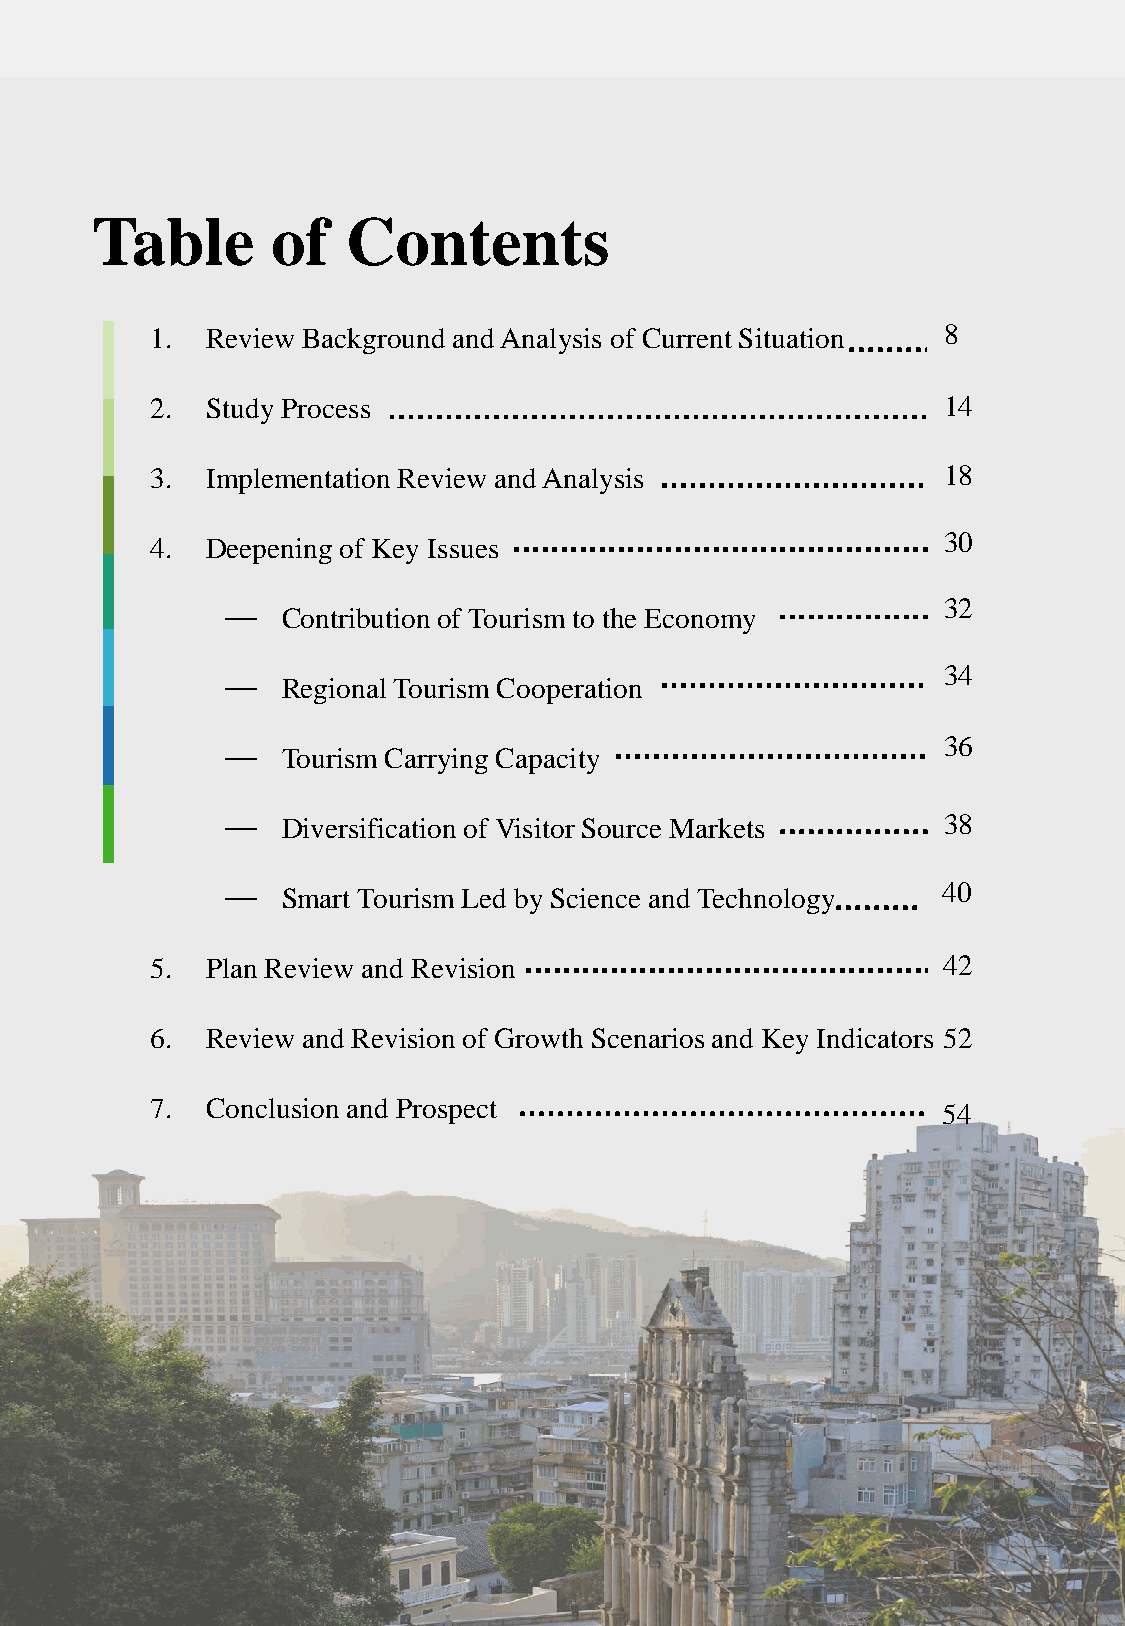
Table       of   Contents
 1.  Review Background and Analysis of Current Situation 8
 2.  Study Process                                   14
 3.  Implementation Review and Analysis              18
 30
 4.  Deepening of Key Issues
 32
 —   Contribution of Tourism to the Economy
 34
 —   Regional Tourism Cooperation
 36
 —   Tourism Carrying Capacity
 —   Diversification of Visitor Source Markets  38
 —   Smart Tourism Led by Science and Technology 40
 5.  Plan Review and Revision                        42
 6.  Review and Revision of Growth Scenarios and Key Indicators 52
 7.  Conclusion and Prospect                         54
 7